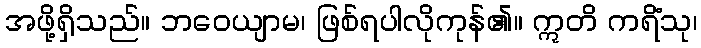
အဖို့ရှိသည်။ ဘဝေယျာမ၊ ဖြစ်ရပါလိုကုန်၏။ ဣတိ ကရိံသု၊